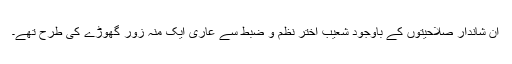
ان شاندار صلاحیتوں کے باوجود شعیب اختر نظم و ضبط سے عاری ایک منہ زور گھوڑے کی طرح تھے۔